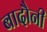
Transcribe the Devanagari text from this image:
बादौनी